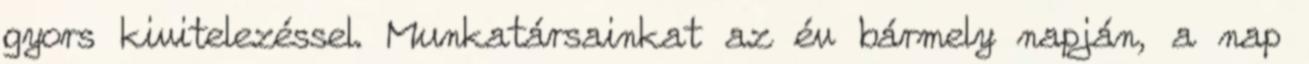
gyors kivitelezéssel. Munkatársainkat az év bármely napján, a nap